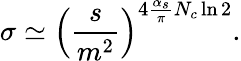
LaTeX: \sigma\simeq\left({\frac{s}{m^{2}}}\right)^{4{\frac{\alpha_{s}}{\pi}}N_{c}\ln 2}.